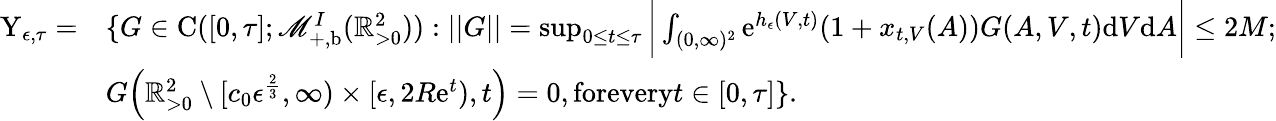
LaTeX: \begin{array}{rl}{\textup{Y}_{\epsilon,\tau}=}&{\{ G\in\textup{C}([0,\tau];\mathscr{M}_{+,\textup{b}}^{I}(\mathbb{R}_{>0}^{2})):||G||=\operatorname*{sup}_{0\leq t\leq\tau}\bigg|\int_{(0,\infty)^{2}}\textup{e}^{h_{\epsilon}(V,t)}(1+x_{t,V}(A))G(A,V,t)\textup{d}V\textup{d}A\bigg|\leq 2M;}\\ &{G\Big(\mathbb{R}_{>0}^{2}\setminus[c_{0}\epsilon^{\frac{2}{3}},\infty)\times[\epsilon,2R\textup{e}^{t}),t\Big)=0,\textup{forevery}t\in[0,\tau]\} .}\end{array}